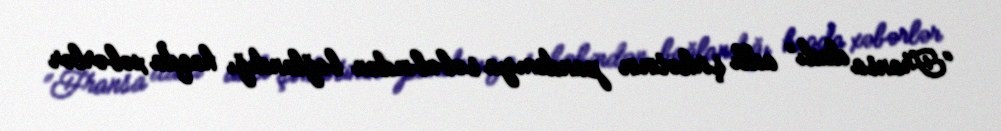
“Fransa dadı” adlı şirkətinin pandemiya səbəbindən bağlandığı haqda xəbərlər